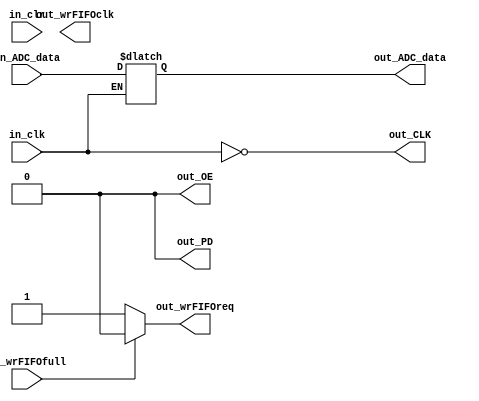
/*******************************(C) COPYRIGHT 2017 Wind*********************************/
/**============================================================================
* @FileName    : Drive_ADC.v
* @Description : ADC
* @Date        : 2017/5/1
* @By          : Wind
* @Email       : 1659567673@ qq.com
* @Platform    : Quartus II 15.0 (64-bit) (EP4CE22E22C8)
* @Explain     : ADC
*=============================================================================*/ 
module Drive_ADC
(   
	 input in_clr
	 ,input in_clk  
	 ,input [9:0]in_ADC_data  
	 ,input in_wrFIFOfull
	 
	 ,output reg out_OE    
	 ,output reg out_PD    
	 ,output out_CLK   
	 ,output reg [9:0]out_ADC_data  
	  
        
	 ,output reg out_wrFIFOclk
	 ,output reg out_wrFIFOreq
	 
);	

reg out_CLK_reg;
//reg wrflag;

assign out_CLK = out_CLK_reg;

always @(in_clk)
begin
	out_OE <= 0;	
	out_PD <= 0;
    
//    wrflag <= !wrflag;
    if(in_wrFIFOfull == 0)
        out_wrFIFOreq <= 1;
    else
        out_wrFIFOreq <= 0;

  
	out_CLK_reg <= !in_clk;	
	if(in_clk)
	begin 
		//
//		out_ADC_data[9] <= in_ADC_data[0];
//		out_ADC_data[8] <= in_ADC_data[1];
//		out_ADC_data[7] <= in_ADC_data[2];
//		out_ADC_data[6] <= in_ADC_data[3];
//		out_ADC_data[5] <= in_ADC_data[4];
//		out_ADC_data[4] <= in_ADC_data[5];
//		out_ADC_data[3] <= in_ADC_data[6];
//		out_ADC_data[2] <= in_ADC_data[7];
//		out_ADC_data[1] <= in_ADC_data[8];
//		out_ADC_data[0] <= in_ADC_data[9];
        //FPGASTM32
		out_ADC_data <= in_ADC_data; 
		
	end
	
end
	
	
	
	
	
	
endmodule


/*******************************(C) COPYRIGHT 2017 Wind*********************************/